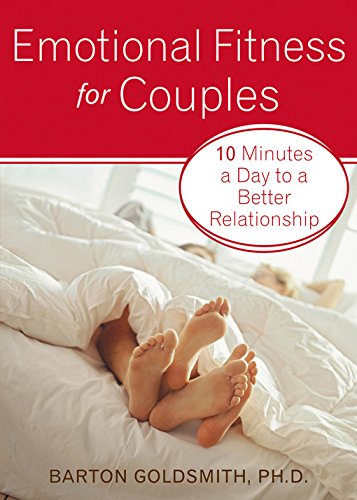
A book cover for Emotional Fitness for Couples: 10 Minutes a Day to a Better Relationship; Barton Goldsmith; Parenting & Relationships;